Audit of school board accounts. Circular to auditors, 1910
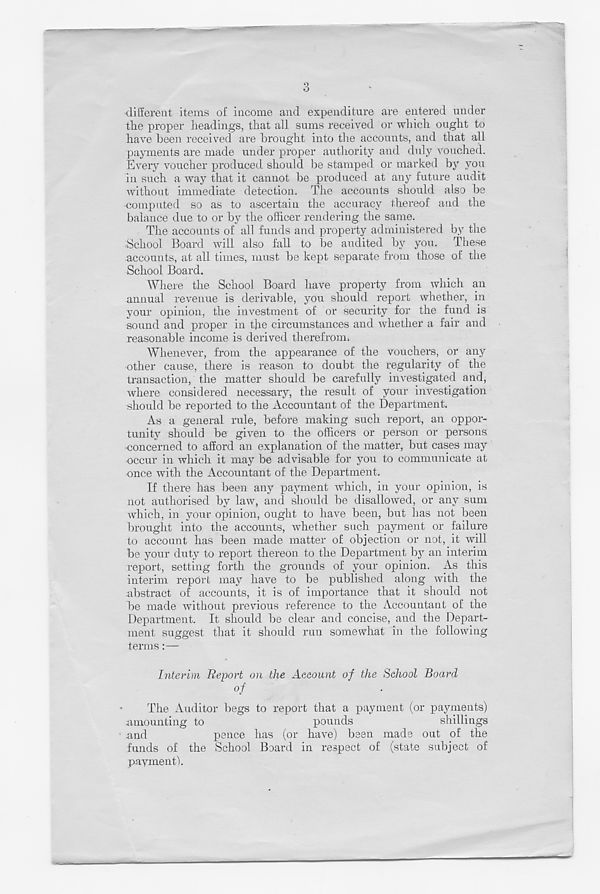
different items o£ income and expenditure are entered under
the proper headings, that all sums received or which ought to
have been received are brought into the accounts, and that all
payments are made under proper authority and duly vouched.
Every voucher produced should be stamped or marked by you
in such a way that it cannot be produced at any future audit
without immediate detection. The accounts should also be
computed so as to ascertain the accuracy thereof and the
balance due to or by the officer rendering the same.
The accounts of all funds and property administered by the
School Board will also fall to be audited by you. These
accounts, at all times, must be kept separate from those of the
School Board.
Where the School Board have property from which an
annual revenue is derivable, you should report whether, in
your opinion, the investment of or security for the fund is
sound and proper in the circumstances and whether a fair and
reasonable income is derived therefrom.
Whenever, from the appearance of the vouchers, or any
other cause, there is reason to doubt the regularity of the
transaction, the matter should be carefully investigated and,
where considered necessary, the result of your investigation
should be reported to the Accountant of the Department.
As a general rule, before making such report, an oppor-
tunity should be given to the officers or person or persons
concerned to afford an explanation of the matter, but cases may
occur in which it may be advisable for you to communicate at
once with the Accountant of the Department.
If there has been any payment which, in your opinion, is
not authorised by law, and should be disallowed, or any sum
which, in your opinion, ought to have been, but has not been
brought into the accounts, whether such payment or failure
to account has been made matter of objection or not, it will
be your duty to report thereon to the Department by an interim
report, setting forth the grounds of your opinion. As this
interim report may have to be published along with the
abstract of accounts, it is of importance that it should not
be made without previous reference to the Accountant of the
Department. It should be clear and concise, and the Depart-
ment suggest that it should run somewhat in the following
terms:—
Interim Report on the Aeeount of the School Board
°f
The Auditor begs to report that a payment (or payments)
amounting to
pounds
shillings
and
pence has (or have) been made out of the
funds of the School Board in respect of (state subject of
payment).